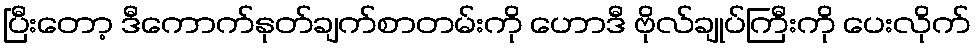
ပြီးတော့ ဒီကောက်နုတ်ချက်စာတမ်းကို ဟောဒီ ဗိုလ်ချုပ်ကြီးကို ပေးလိုက်